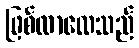
ဖြစ်လာလေသည်